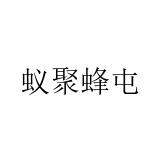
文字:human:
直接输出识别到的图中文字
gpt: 蚁聚蜂屯